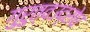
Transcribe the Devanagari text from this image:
गुरुत्वउद्रोध